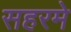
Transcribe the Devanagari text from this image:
सहरमे